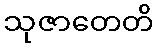
သုဇာတေတိ